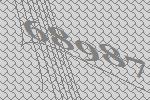
68987